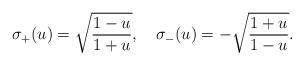
LaTeX: \begin{align*}\sigma_+ (u) = \sqrt{{1-u \over 1 + u}},\quad \sigma_- (u) = - \sqrt{{1 + u\over 1- u}}.\end{align*}